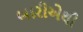
બારીએથી